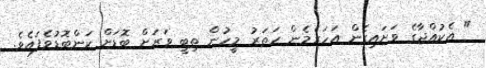
" އެކުއްޖާގެ ވަށައިގެން އަހަރެމެން ހަތަރު މީހުން ތިބީ ވަރަށް ބޮޑަށް ކަންބޮޑުވެފައެވެ.